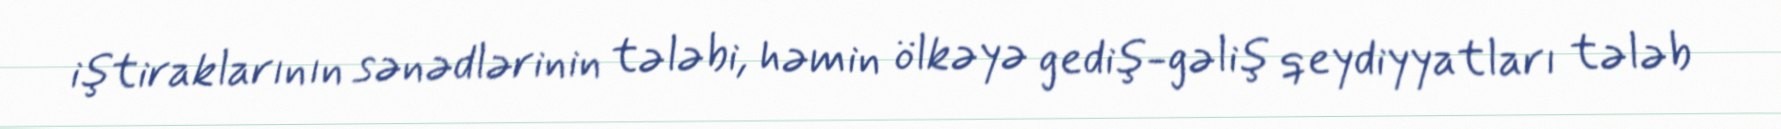
iştiraklarının sənədlərinin tələbi, həmin ölkəyə gediş-gəliş qeydiyyatları tələb